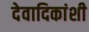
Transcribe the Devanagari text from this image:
देवादिकांशी